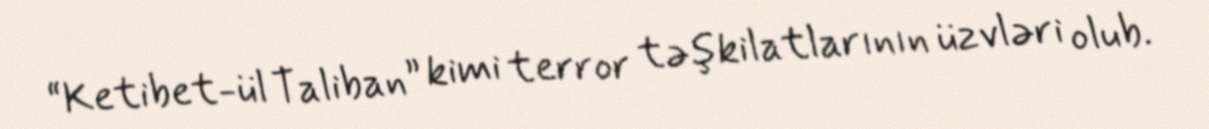
“Ketibet-ül Taliban” kimi terror təşkilatlarının üzvləri olub.